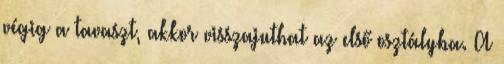
végig a tavaszt, akkor visszajuthat az első osztályba. A